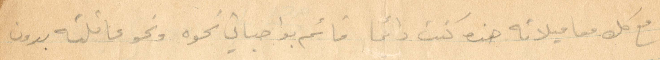
مع كل معاميلاته هذه كنت دائمًا قائم بواجباتي نحو عائلته بدون